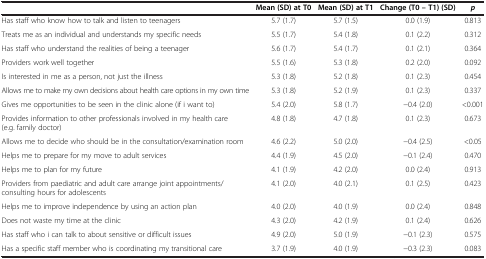
|  | Mean (SD) at T0 | Mean (SD) at T1 | Change (T0 – T1) (SD) | p |
 | --- | --- | --- | --- | --- |
 | Has staff who know how to talk and listen to teenagers | 5.7 (1.7) | 5.7 (1.5) | 0.0 (1.9) | 0.813 |
 | Treats me as an individual and understands my specific needs | 5.5 (1.7) | 5.4 (1.8) | 0.1 (2.2) | 0.312 |
 | Has staff who understand the realities of being a teenager | 5.6 (1.7) | 5.4 (1.7) | 0.1 (2.1) | 0.364 |
 | Providers work well together | 5.5 (1.6) | 5.3 (1.8) | 0.2 (2.0) | 0.092 |
 | Is interested in me as a person, not just the illness | 5.3 (1.8) | 5.2 (1.8) | 0.1 (2.3) | 0.454 |
 | Allows me to make my own decisions about health care options in my own time | 5.3 (1.8) | 5.2 (1.9) | 0.1 (2.3) | 0.337 |
 | Gives me opportunities to be seen in the clinic alone (if i want to) | 5.4 (2.0) | 5.8 (1.7) | -0.4 (2.0) | <0.001 |
 | Provides information to other professionals involved in my health care (e.g. family doctor) | 4.8 (1.8) | 4.7 (1.8) | 0.1 (2.3) | 0.673 |
 | Allows me to decide who should be in the consultation/examination room | 4.6 (2.2) | 5.0 (2.0) | -0.4 (2.5) | <0.05 |
 | Helps me to prepare for my move to adult services | 4.4 (1.9) | 4.5 (2.0) | -0.1 (2.4) | 0.470 |
 | Helps me to plan for my future | 4.1 (1.9) | 4.2 (2.0) | 0.0 (2.4) | 0.913 |
 | Providers from paediatric and adult care arrange joint appointments/consulting hours for adolescents | 4.1 (2.0) | 4.0 (2.1) | 0.1 (2.5) | 0.423 |
 | Helps me to improve independence by using an action plan | 4.0 (2.0) | 4.0 (1.9) | 0.0 (2.4) | 0.848 |
 | Does not waste my time at the clinic | 4.3 (2.0) | 4.2 (1.9) | 0.1 (2.4) | 0.626 |
 | Has staff who i can talk to about sensitive or difficult issues | 4.9 (2.0) | 5.0 (1.9) | -0.1 (2.3) | 0.575 |
 | Has a specific staff member who is coordinating my transitional care | 3.7 (1.9) | 4.0 (1.9) | -0.3 (2.3) | 0.083 |